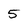
Character: 5